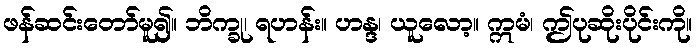
ဖန်ဆင်းတော်မူ၍။ ဘိက္ခု၊ ရဟန်း။ ဟန္ဒ၊ ယူလော့။ ဣမံ၊ ဤပုဆိုးပိုင်းကို။